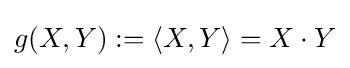
g(X,Y):=\langle X,Y\rangle =X\cdot Y